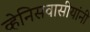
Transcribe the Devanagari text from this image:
व्हेनिसवासीयांनी